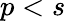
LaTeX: p<s